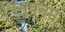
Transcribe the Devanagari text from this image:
त्रिभुवनम्